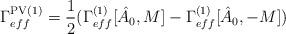
LaTeX: \begin{align*}\Gamma_{eff}^{{\rm PV} (1)} = {1\over 2} (\Gamma_{eff}^{(1)} [\hat{A}_{0},M] -\Gamma_{eff}^{(1)} [\hat{A}_{0},-M])\end{align*}